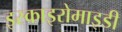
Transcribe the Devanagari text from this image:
इस्काइरोमाइडी